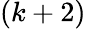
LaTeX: (k+2)